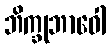
ဘိက္ခုဘာဝေါ